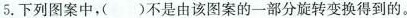
5.下列图案中，()不是由该图案的一部分旋转变换得到的。